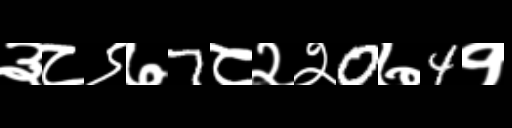
Text: ३८९७7८२२0७4१